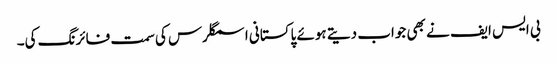
بی ایس ایف نے بھی جواب دیتے ہوئے پاکستانی اسمگلرس کی سمت فائرنگ کی۔